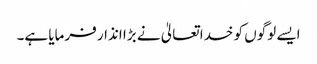
ایسے لوگوں کو خدا تعالیٰ نے بڑا انذار فرمایا ہے۔